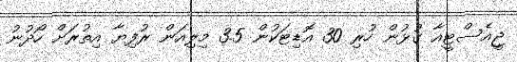
ޖީއެސްޓީއާ ގުޅުން ހުރި 30 އޮޑިޓަކުން 3.5 މިލިއަން ރުފިޔާ އިތުރަށް ހޯދުނު